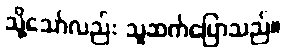
သို့သော်လည်း သူဆက်ပြောသည်။